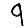
Digit: 9